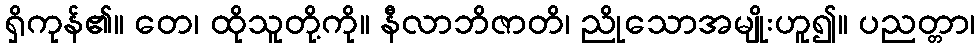
ရှိကုန်၏။ တေ၊ ထိုသူတို့ကို။ နီလာဘိဇာတိ၊ ညိုသောအမျိုးဟူ၍။ ပညတ္တာ၊